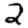
Digit: 2